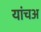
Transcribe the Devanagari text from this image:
यांचअ